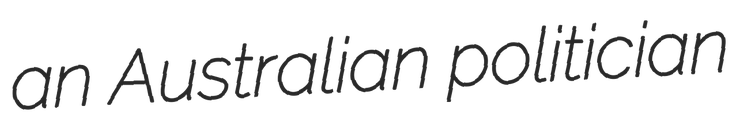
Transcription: an Australian politician